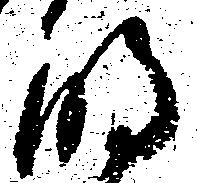
明